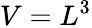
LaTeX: V=L^{3}